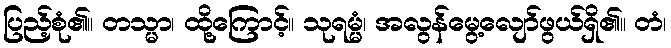
ပြည့်စုံ၏။ တသ္မာ၊ ထို့ကြောင့်။ သုရမ္မံ၊ အလွန်မွေ့လျော်ဖွယ်ရှိ၏။ တံ၊